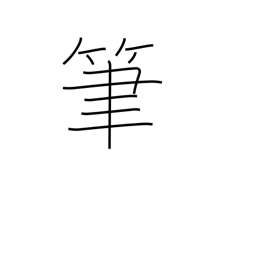
Meaning: writing